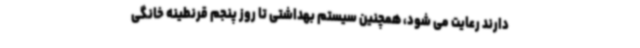
دارند رعایت می شود، همچنین سیستم بهداشتی تا روز پنجم قرنطینه خانگی